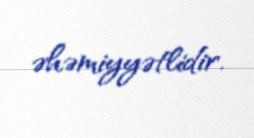
əhəmiyyətlidir.